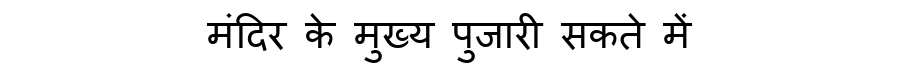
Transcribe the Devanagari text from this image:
मंदिर के मुख्य पुजारी सकते में